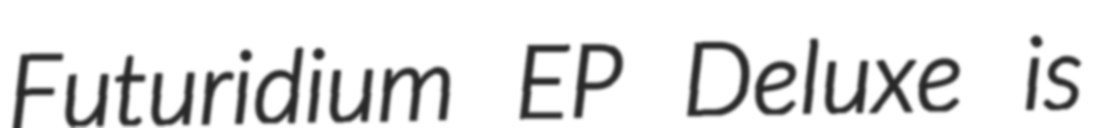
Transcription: Futuridium EP Deluxe is